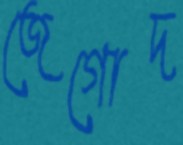
জেগোদ